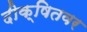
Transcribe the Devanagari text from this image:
दीक्षितवर